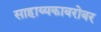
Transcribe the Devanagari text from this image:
साहाय्यकाबरोबर